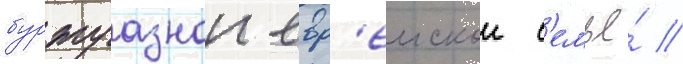
буржуазнои евр'еискои с'емье́ //